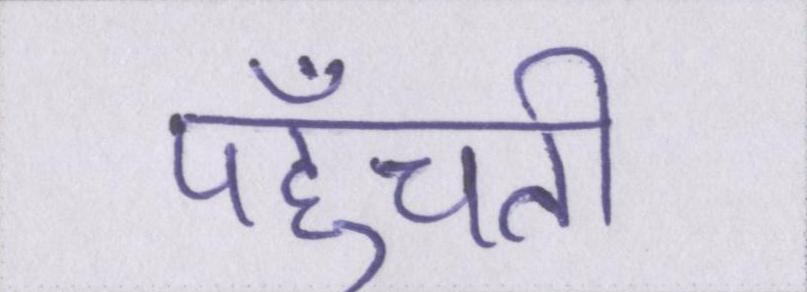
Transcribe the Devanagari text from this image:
पहुँचती